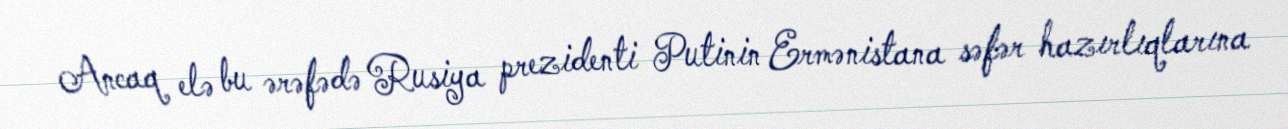
Ancaq elə bu ərəfədə Rusiya prezidenti Putinin Ermənistana səfər hazırlıqlarına